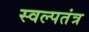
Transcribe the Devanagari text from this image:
स्वल्पतंत्र